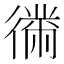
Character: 𫹤